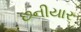
છનીયાર